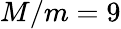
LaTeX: M/m=9